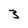
Character: 3